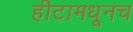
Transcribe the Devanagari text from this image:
हीटामधूनच